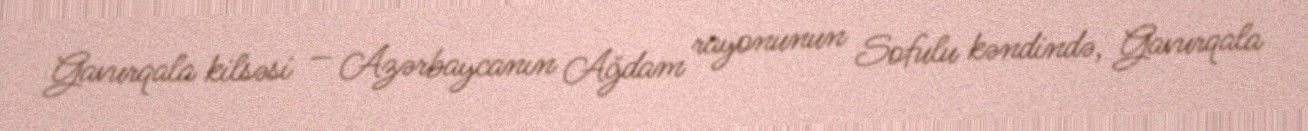
Gavurqala kilsəsi — Azərbaycanın Ağdam rayonunun Sofulu kəndində, Gavurqala